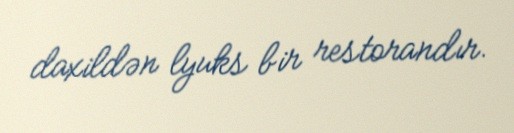
daxildən lyuks bir restorandır.